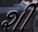
શી